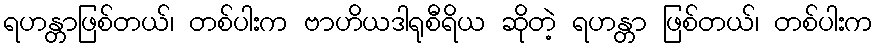
ရဟန္တာဖြစ်တယ်၊ တစ်ပါးက ဗာဟိယဒါရုစီရိယ ဆိုတဲ့ ရဟန္တာ ဖြစ်တယ်၊ တစ်ပါးက